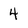
Character: 4